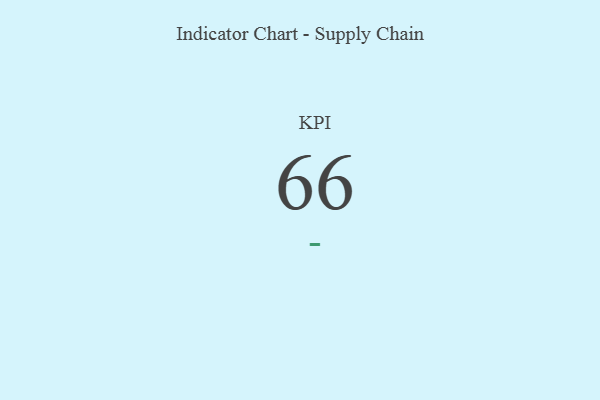
{"axis": {"x": "KPI", "y": "Value"}, "legend": [""], "data": [{"x": "KPI", "y": 66, "type": ""}]}